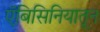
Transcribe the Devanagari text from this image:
ऍबिसिनियातून